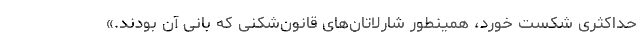
حداکثری شکست خورد، همینطور شارلاتان‌های قانون‌شکنی که بانی آن بودند.»